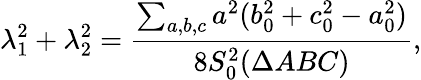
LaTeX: \lambda_{1}^{2}+\lambda_{2}^{2}=\frac{\sum_{a,b,c}a^{2}(b_{0}^{2}+c_{0}^{2}-a_{0}^{2})}{8S_{0}^{2}(\Delta ABC)},